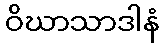
ဝိဃာသာဒါနံ